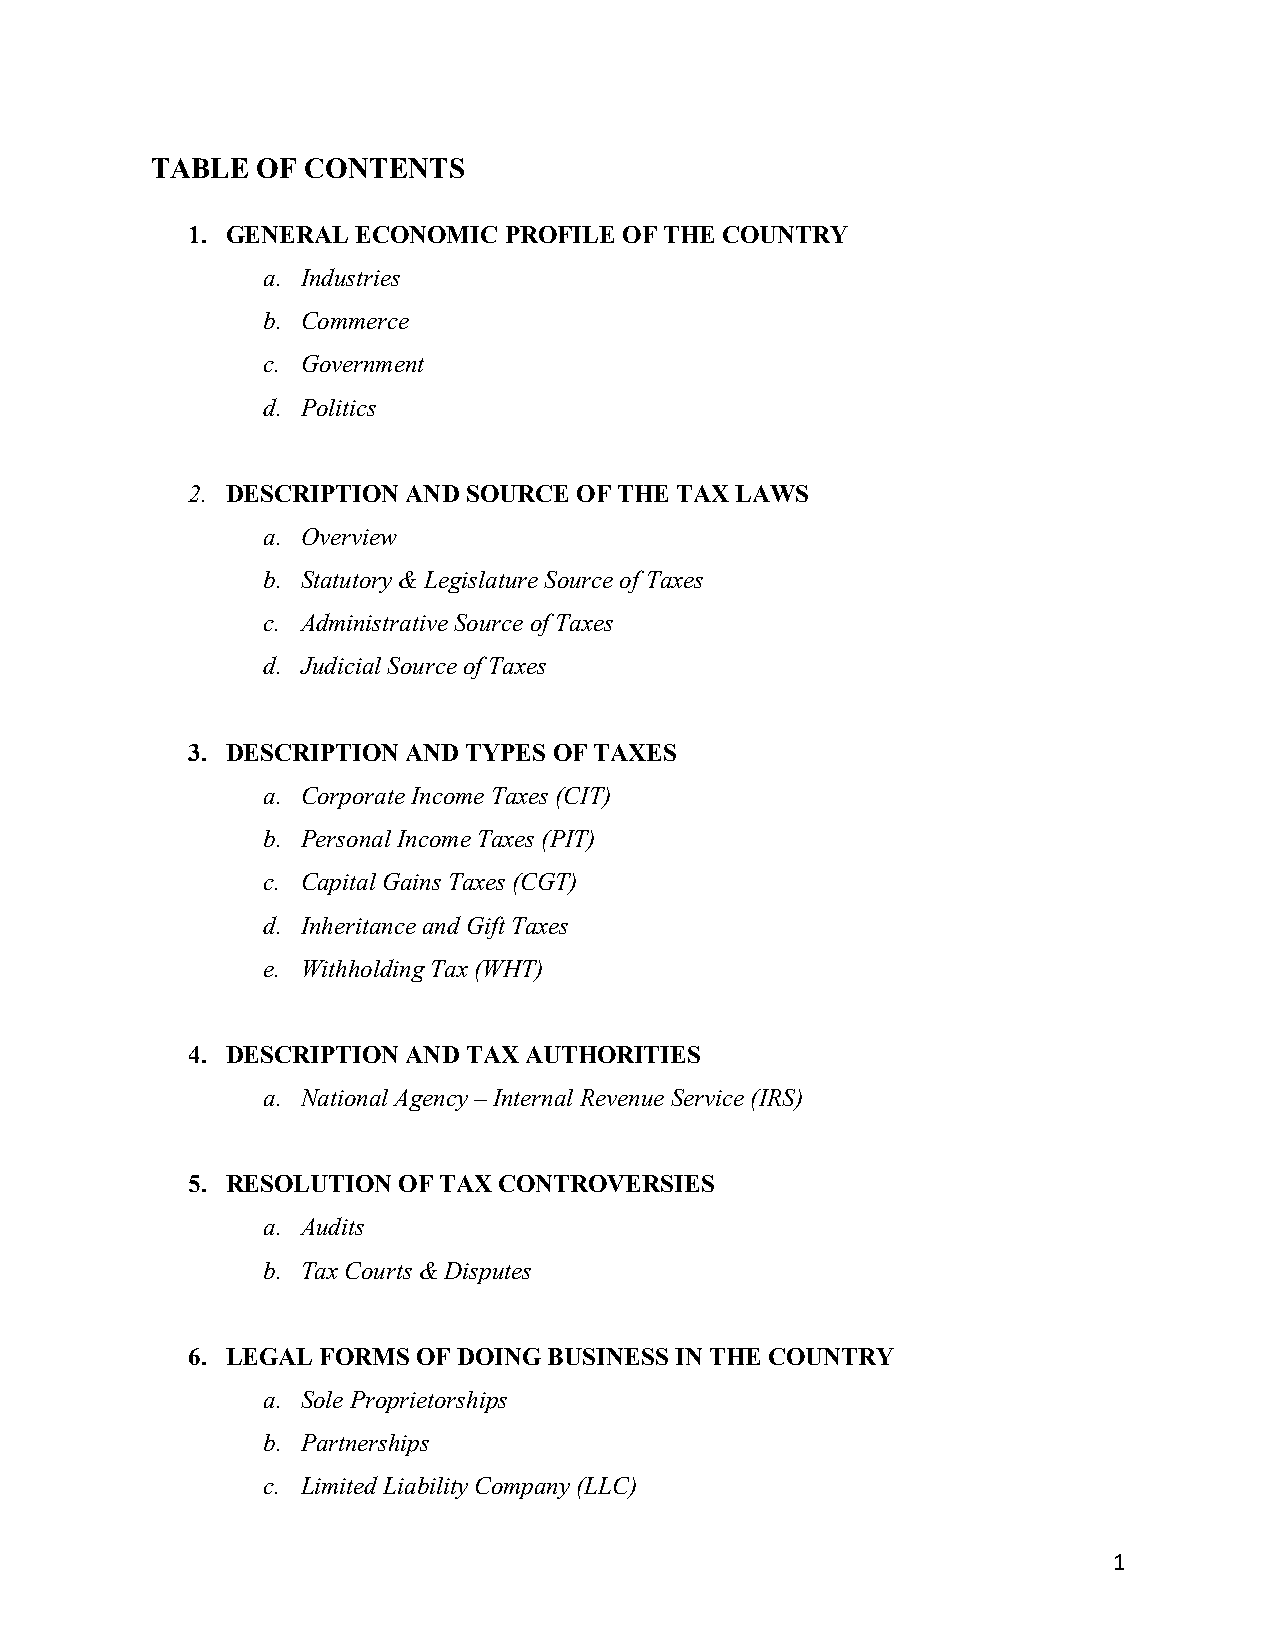
TABLE  OF CONTENTS
 1. GENERAL  ECONOMIC PROFILE OF THE COUNTRY
 a. Industries
 b. Commerce
 c. Government
 d. Politics
 2. DESCRIPTION AND SOURCE OF THE TAX LAWS
 a. Overview
 b. Statutory & Legislature Source of Taxes
 c. Administrative Source of Taxes
 d. Judicial Source of Taxes
 3. DESCRIPTION AND TYPES OF TAXES
 a. Corporate Income Taxes (CIT)
 b. Personal Income Taxes (PIT)
 c. Capital Gains Taxes (CGT)
 d. Inheritance and Gift Taxes
 e. Withholding Tax (WHT)
 4. DESCRIPTION AND TAX AUTHORITIES
 a. National Agency – Internal Revenue Service (IRS)
 5. RESOLUTION OF TAX CONTROVERSIES
 a. Audits
 b. Tax Courts & Disputes
 6. LEGAL FORMS  OF DOING BUSINESS IN THE COUNTRY
 a. Sole Proprietorships
 b. Partnerships
 c. Limited Liability Company (LLC)
 1